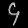
Digit: ၄